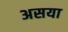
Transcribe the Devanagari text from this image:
असया